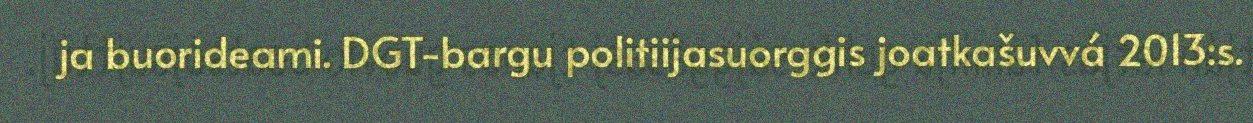
ja buorideami. DGT-bargu politiijasuorggis joatkašuvvá 2013:s.